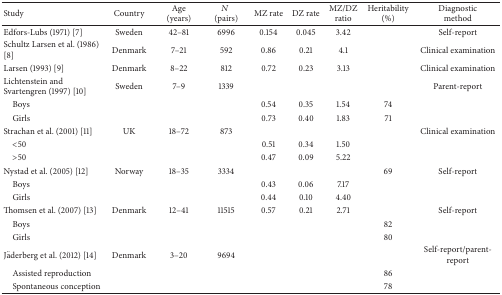
<table><thead><tr><td><b>Study </b></td><td><b>Country</b></td><td><b>Age(years)</b></td><td><b><i>N</i> (pairs)</b></td><td><b>MZ rate</b></td><td><b>DZ rate</b></td><td><b>MZ/DZratio</b></td><td><b>Heritability(%)</b></td><td><b>Diagnostic method</b></td></tr></thead><tbody><tr><td>Edfors-Lubs (1971) [7]</td><td>Sweden</td><td>42–81</td><td>6996</td><td>0.154</td><td>0.045</td><td>3.42</td><td> </td><td>Self-report</td></tr><tr><td>Schultz Larsen et al. (1986) [8]</td><td>Denmark</td><td>7–21</td><td>592</td><td>0.86</td><td>0.21</td><td>4.1</td><td> </td><td>Clinical examination</td></tr><tr><td>Larsen (1993) [9]</td><td>Denmark</td><td>8–22</td><td>812</td><td>0.72</td><td>0.23</td><td>3.13</td><td> </td><td>Clinical examination</td></tr><tr><td>Lichtenstein and Svartengren (1997) [10]</td><td>Sweden</td><td>7–9</td><td>1339</td><td> </td><td> </td><td> </td><td> </td><td>Parent-report</td></tr><tr><td> Boys</td><td> </td><td> </td><td> </td><td>0.54</td><td>0.35</td><td>1.54</td><td>74</td><td> </td></tr><tr><td> Girls</td><td> </td><td> </td><td> </td><td>0.73</td><td>0.40</td><td>1.83</td><td>71</td><td> </td></tr><tr><td>Strachan et al. (2001) [11]</td><td>UK</td><td>18–72</td><td>873</td><td> </td><td> </td><td> </td><td> </td><td>Clinical examination</td></tr><tr><td> &lt;50</td><td> </td><td> </td><td> </td><td>0.51</td><td>0.34</td><td>1.50</td><td> </td><td> </td></tr><tr><td> &gt;50</td><td> </td><td> </td><td> </td><td>0.47</td><td>0.09</td><td>5.22</td><td> </td><td> </td></tr><tr><td>Nystad et al. (2005) [12]</td><td>Norway</td><td>18–35</td><td>3334</td><td> </td><td> </td><td> </td><td>69</td><td>Self-report</td></tr><tr><td> Boys</td><td> </td><td> </td><td> </td><td>0.43</td><td>0.06</td><td>7.17</td><td> </td><td> </td></tr><tr><td> Girls</td><td> </td><td> </td><td> </td><td>0.44</td><td>0.10</td><td>4.40</td><td> </td><td> </td></tr><tr><td>Thomsen et al. (2007) [13]</td><td>Denmark</td><td>12–41</td><td>11515</td><td>0.57</td><td>0.21</td><td>2.71</td><td> </td><td>Self-report</td></tr><tr><td> Boys</td><td> </td><td> </td><td> </td><td> </td><td> </td><td> </td><td>82</td><td> </td></tr><tr><td> Girls</td><td> </td><td> </td><td> </td><td> </td><td> </td><td> </td><td>80</td><td> </td></tr><tr><td>Jäderberg et al. (2012) [14]</td><td>Denmark</td><td>3–20</td><td>9694</td><td> </td><td> </td><td> </td><td> </td><td>Self-report/parent-report </td></tr><tr><td> Assisted reproduction</td><td> </td><td> </td><td> </td><td> </td><td> </td><td> </td><td>86</td><td> </td></tr><tr><td> Spontaneous conception</td><td> </td><td> </td><td> </td><td> </td><td> </td><td> </td><td>78</td><td> </td></tr></tbody></table>